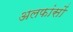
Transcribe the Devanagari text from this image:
अलफांसों